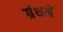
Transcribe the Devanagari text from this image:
ग्रंथमें